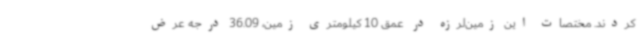
کردند. مختصات این زمین‌لرزه در عمق 10 کیلومتری زمین، 36.09 درجه عرض